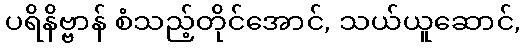
ပရိနိဗ္ဗာန် စံသည့်တိုင်အောင်, သယ်ယူဆောင်,